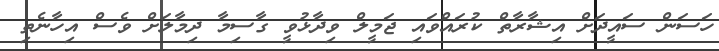
ހަސަން ސައީދަށް އިޝާރާތް ކުރައްވައި ޖަމީލް ވިދާޅުވީ ގާސިމާ ދިމާލަށް ވެސް އިހާނެތި